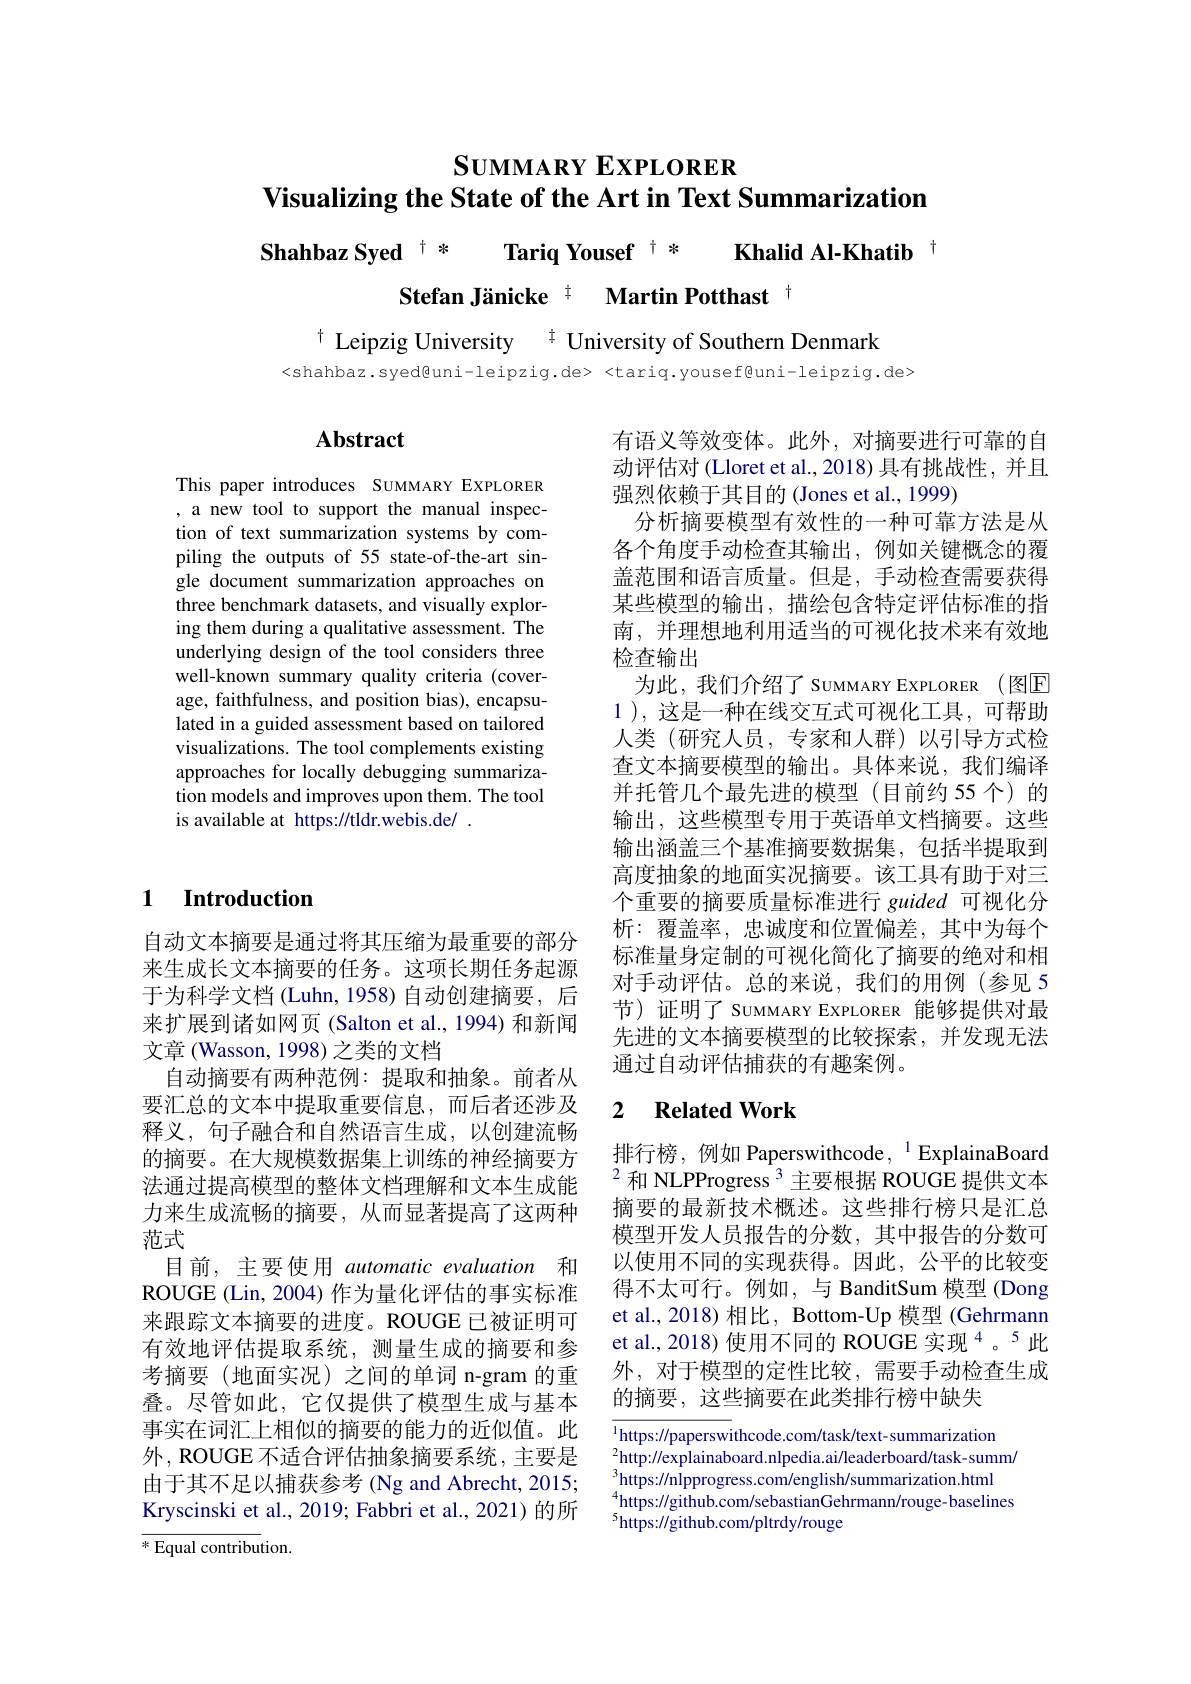
# $\mathbf{S}$UMMARY EXPLORER Visualizing the State of the Art in Text Summarization

Shahbaz Syed $^{\dagger*}$ Tariq Yousef $^{\dagger*}$ Khalid Al-Khatib $^{\dagger}$
Stefan Jänicke $^{\pm}$ Martin Potthast t

$^{\dagger}$ Leipzig University $^{\ddagger}$ University of Southern Denmark
<shahbaz.syed@uni-leipzig.de><tariq.yousef@uni-leipzig.de>

## Abstract

This paper introduces SUMMARY EXPLORER , a new tool to support the manual inspection of text summarization systems by compiling the outputs of 55 state-of-the-art single document summarization approaches on three benchmark datasets, and visually exploring them during a qualitative assessment. The underlying design of the tool considers three well-known summary quality criteria (coverage, faithfulness, and position bias), encapsulated in a guided assessment based on tailored visualizations. The tool complements existing approaches for locally debugging summarization models and improves upon them. The tool is available at https://tldr.webis.de/ .

有语义等效变体。此外，对摘要进行可靠的自动评估对 (Lloret et al., 2018) 具有挑战性，并且强烈依赖于其目的(Jones et al., 1999)
分析摘要模型有效性的一种可靠方法是从各个角度手动检查其输出，例如关键概念的覆盖范围和语言质量。但是，手动检查需要获得某些模型的输出，描绘包含特定评估标准的指南，并理想地利用适当的可视化技术来有效地检查输出
为此，我们介绍了 Suммаву EXPLORER (图$\overline{\mathbb{E}}$ 1 ), 这是一种在线交互式可视化工具，可帮助人类(研究人员，专家和人群)以引导方式检查文本摘要模型的输出。具体来说，我们编译并托管几个最先进的模型(目前约 55 个)的输出，这些模型专用于英语单文档摘要。这些输出涵盖三个基准摘要数据集，包括半提取到高度抽象的地面实况摘要。该工具有助于对三个重要的摘要质量标准进行 guided 可视化分析：覆盖率，忠诚度和位置偏差，其中为每个标准量身定制的可视化简化了摘要的绝对和相对手动评估。总的来说，我们的用例(参见 5节)证明了 SUMMARY EXPLORER 能够提供对最先进的文本摘要模型的比较探索，并发现无法通过自动评估捕获的有趣案例。

## 1 Introduction

### 2 $\textbf{Related Work}$

自动文本摘要是通过将其压缩为最重要的部分来生成长文本摘要的任务。这项长期任务起源于为科学文档(Luhn,1958)自动创建摘要，后来扩展到诸如网页(Salton et al., 1994) 和新闻文章 (Wasson, 1998) 之类的文档
自动摘要有两种范例：提取和抽象。前者从要汇总的文本中提取重要信息，而后者还涉及释义，句子融合和自然语言生成，以创建流畅的摘要。在大规模数据集上训练的神经摘要方法通过提高模型的整体文档理解和文本生成能力来生成流畅的摘要，从而显著提高了这两种范式
目前，主要使用 automatic evaluation 和ROUGE (Lin, 2004) 作为量化评估的事实标准来跟踪文本摘要的进度。ROUGE 已被证明可有效地评估提取系统，测量生成的摘要和参考摘要(地面实况)之间的单词 n-gram 的重叠。尽管如此，它仅提供了模型生成与基本事实在词汇上相似的摘要的能力的近似值。此外，ROUGE 不适合评估抽象摘要系统，主要是由于其不足以捕获参考 (Ng and Abrecht, 2015; Kryscinski et al., 2019; Fabbri et al., 2021) 的所$\overline{*\text{Equal contribu}}$tion

排行榜，例如 Paperswithcode,$^{1}$ExplainaBoard $^{2}$和 NLPProgress$^{3}$主要根据 ROUGE 提供文本摘要的最新技术概述。这些排行榜只是汇总模型开发人员报告的分数，其中报告的分数可以使用不同的实现获得。因此，公平的比较变得不太可行。例如，与 BanditSum 模型 (Dong et al., 2018) 相比，Bottom-Up 模型 (Gehrmann et al., 2018) 使用不同的 ROUGE 实现$^{4}$。5此外，对于模型的定性比较，需要手动检查生成的摘要，这些摘要在此类排行榜中缺失

$\overline{^1\text{https:}//\text{paperswi}}$thcode.com/task/text-summarization $^2$http://explainaboard.nlpedia.ai/leaderboard/task-summ $^3$https://nlpprogress.com/english/summarization.html $^{4}$https://github.com/sebastianGehrmann/rouge-baselines $^{5}$https://github.com/pltrdy/rouge